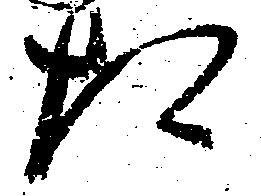
た